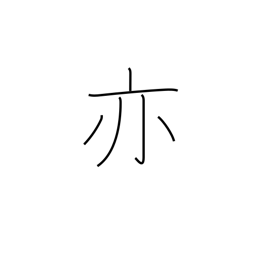
Meaning: again